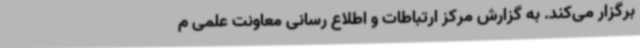
برگزار می‌کند. به گزارش مرکز ارتباطات و اطلاع رسانی معاونت علمی م